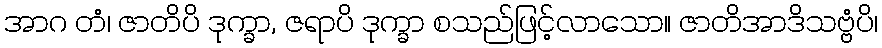
အာဂ တံ၊ ဇာတိပိ ဒုက္ခာ, ဇရာပိ ဒုက္ခာ စသည်ဖြင့်လာသော။ ဇာတိအာဒိသဗ္ဗံပိ၊